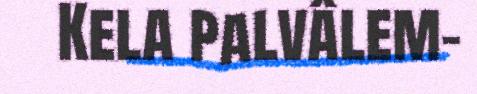
Kela palvâlem-